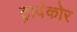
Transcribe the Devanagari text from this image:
ट्रावंकोर